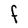
Character: F